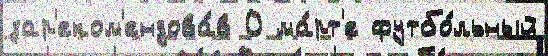
зар'еком'ендова́в 0 ма́рт'е футбо́льный